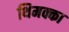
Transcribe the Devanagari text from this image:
थिमक्का